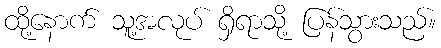
ထို့နောက် သူ့အလုပ် ရှိရာသို့ ပြန်သွားသည်။